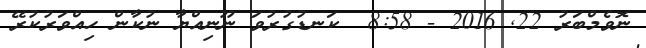
ނޮވެމްބަރު 22